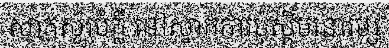
សាកសួរបំភ្លឺ នៅស្នាក់ការប៉ុស្តិ៍មនោរម្យ